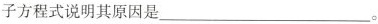
子方程式说明其原因是___。